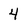
Character: 4